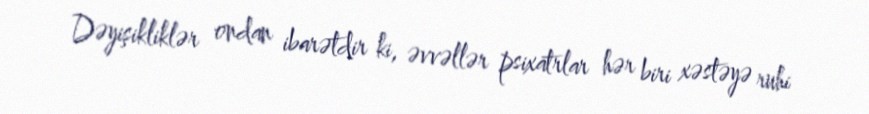
Dəyişikliklər ondan ibarətdir ki, əvvəllər psixatrlar hər biri xəstəyə ruhi